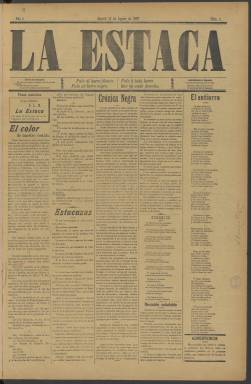
Título: La Estaca (Madrid)
Colección: Periódicos
Ámbito geográfico: Madrid
Lugar de publicación: Madrid
Fechas: 16/08/1897-28/12/1897